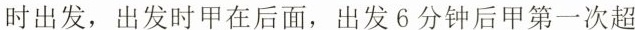
时出发，出发时甲在后面，出发6分钟后甲第一次超